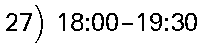
27) 18:00-19:30